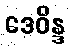
ဒေဝိန္ဒ